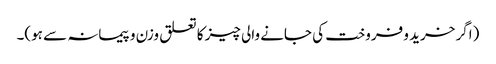
(اگر خرید و فروخت کی جانے والی چیز کا تعلق وزن و پیمانہ سے ہو)۔